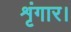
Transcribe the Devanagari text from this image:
शृंगार।